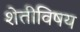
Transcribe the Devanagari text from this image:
शेतीविषय